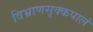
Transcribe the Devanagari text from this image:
विभ्राणसृक्कपालं